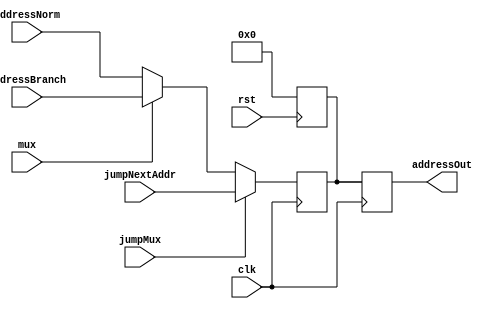
/*
The Program Counter is a set of registers that contain the address of the instruction to be fetched from instruction memory.
*/

// Mux:  Norm: 0    Branch: 1

module program_counter(clk, rst, addressNorm, addressBranch, mux, addressOut, jumpNextAddr, jumpMux);
	input clk, rst, mux, jumpMux;
	input [31:0] addressNorm, addressBranch, jumpNextAddr; //32 bit data input
	output reg [31:0] addressOut; //32 bit register output

	reg [31:0] nextAddr;

	always @ (negedge rst) begin
		nextAddr = 32'h0;
		$display("PC: ADDR RST to %h", nextAddr);
	end

	always @ (negedge clk) begin
		if (jumpMux) begin
			nextAddr = jumpNextAddr;
		end
		else if (mux) begin
			nextAddr = addressBranch;
		end else begin
			nextAddr = addressNorm;
		end
	end

	always @ (posedge clk) begin
		addressOut = nextAddr;
		$display("PC: New Addr: %h", addressOut);
	end
		
endmodule

/* ******************************************************************
// ***************** program_counter testbench for testing/debugging
// ******************************************************************
module program_counter_tb();

	reg clk_tb;
	reg rst_tb;
	reg mux_tb;
	reg [31:0] addressNorm_tb, addressBranch_tb;
	wire [31:0] addressOut_tb;

	initial begin
		$display("Program Counter Testbench");
		addressNorm_tb = 32'h0A;
		addressBranch_tb = 32'h0B;
		mux_tb = 0;
		clk_tb = 0;
		#1
		clk_tb = 1;
		#1
		$display("Mux: %h -> Address: %h", mux_tb, addressOut_tb);
		#1
		mux_tb = 1;
		#2
		clk_tb = 0;
		#1
		clk_tb = 1;
		#3
		$display("Mux: %h -> Address: %h", mux_tb, addressOut_tb);
		#1
		rst_tb = 1;
		#1
		$display("Reset Mux: %h -> Address: %h", mux_tb, addressOut_tb);
		$finish;
	end

	program_counter program_counter_t(clk_tb, rst_tb, addressNorm_tb, addressBranch_tb, mux_tb, addressOut_tb);

endmodule
*/